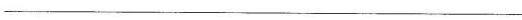
___